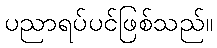
ပညာရပ်ပင်ဖြစ်သည်။